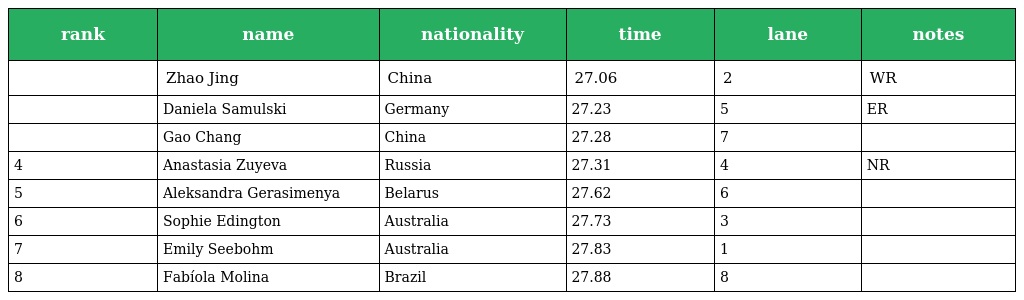
| rank | name | nationality | time | lane | notes |
 | --- | --- | --- | --- | --- | --- |
 |  | Zhao Jing | China | 27.06 | 2 | WR |
 |  | Daniela Samulski | Germany | 27.23 | 5 | ER |
 |  | Gao Chang | China | 27.28 | 7 |  |
 | 4 | Anastasia Zuyeva | Russia | 27.31 | 4 | NR |
 | 5 | Aleksandra Gerasimenya | Belarus | 27.62 | 6 |  |
 | 6 | Sophie Edington | Australia | 27.73 | 3 |  |
 | 7 | Emily Seebohm | Australia | 27.83 | 1 |  |
 | 8 | Fabíola Molina | Brazil | 27.88 | 8 |  |